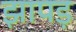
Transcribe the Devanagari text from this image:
झापड़